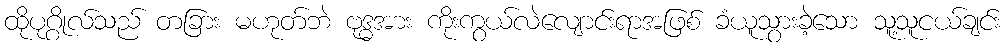
ထိုပုဂ္ဂိုလ်သည် တခြား မဟုတ်ဘဲ ဗုဒ္ဓအား ကိုးကွယ်လဲလျောင်းရာအဖြစ် ခံယူသွားခဲ့သော သူ့သူငယ်ချင်း